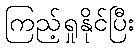
ကြည့်ရှုနိုင်ပြီး